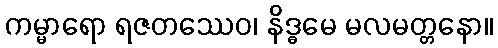
ကမ္မာရော ရဇတဿေဝ၊ နိဒ္ဓမေ မလမတ္တနော။